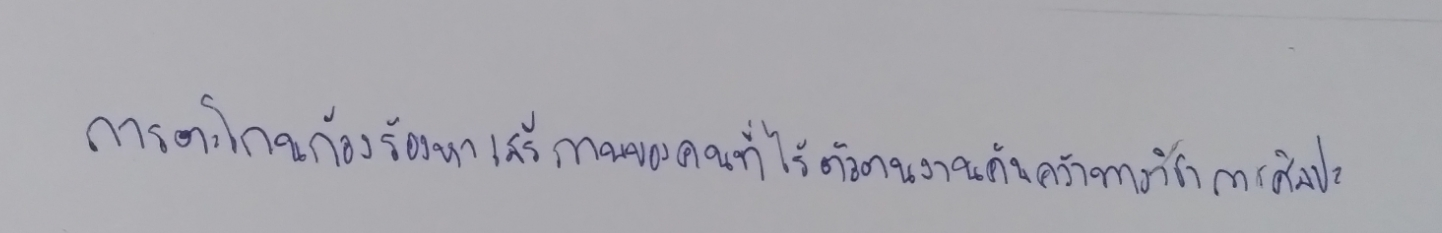
การตะโกนก้องร้องหาเสรีภาพของคนที่ไร้ตัวตนงานค้นคว้าทางวิชาการศิลปะ